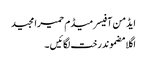
ایڈمن آفیسر میڈم حمیرا مجید
اگلا مضموندرخت لگائیں ۔